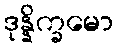
ဒုန္နိက္ခမော